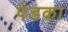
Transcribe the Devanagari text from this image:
पेडका